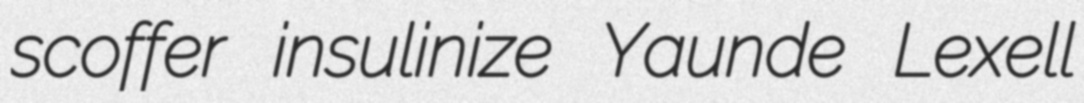
scoffer insulinize Yaunde Lexell